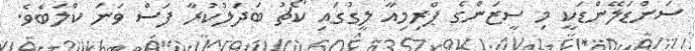
ސަންޑަލޭންޑަކީ މި ސީޒަންގެ ޕްރިމިއާ ލީގުގައި ކޯޗު ބަދަލުކުރާ ފަސް ވަނަ ކްލަބެވެ.